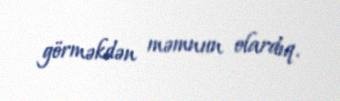
görməkdən məmnun olardıq.